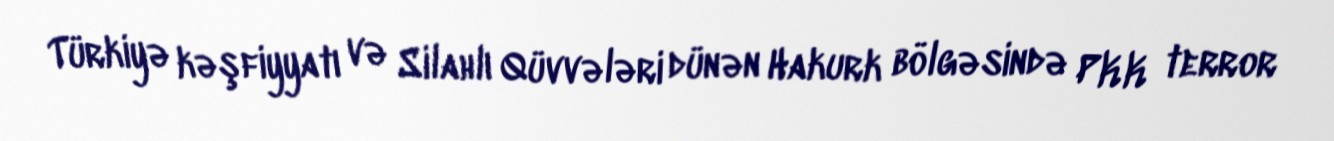
Türkiyə kəşfiyyatı və Silahlı Qüvvələri dünən Hakurk bölgəsində PKK terror